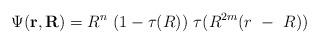
LaTeX: \begin{align*}\Psi({\bf r},{\bf R}) = R^n~(1-\tau(R))~\tau(R^{2m}(r~-~R))\end{align*}